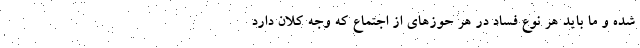
شده و ما باید هر نوع فساد در هر حوزهای از اجتماع که وجه کلان دارد